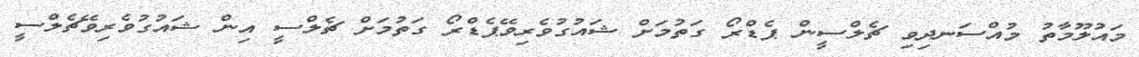
މައުލޫމާތު މުއްސަނދިވި ޗެލްސީން ޕެޑްރޯ ގަތުމަށް ޝައުގުވެރިވޭޕެޑްރޯ ގަތުމަށް ޗެލްސީ އިން ޝައުގުވެރިވޭޗެލްސީ